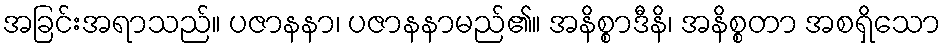
အခြင်းအရာသည်။ ပဇာနနာ၊ ပဇာနနာမည်၏။ အနိစ္စာဒီနိ၊ အနိစ္စတာ အစရှိသော